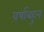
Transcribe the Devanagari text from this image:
वर्षाबहुल